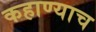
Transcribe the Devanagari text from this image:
कहाण्याच